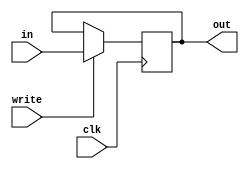
module Reg (
    input [23:0] in,
    output reg [23:0] out,
    input write,
    input clk
);
    reg [23:0] Register;
    initial 
        Register = 0; 
    always @(posedge clk) begin
        if(write)
        Register <= in;   
    end
    always @(*)
    out <= Register;
endmodule